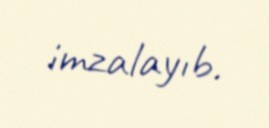
imzalayıb.